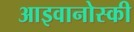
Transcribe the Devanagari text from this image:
आइवानोस्की